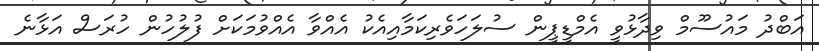
އަބްދު މައުސޫމް ވިދާޅުވީ އެމްޑީޕީން ސުލަހަވެރިކަމާއިއެކު އެއްވާ އެއްވުމަކަށް ފުލުހުން ހުރަސް އަޅާނެ